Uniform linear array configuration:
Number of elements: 24
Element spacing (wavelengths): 1
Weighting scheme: blackman
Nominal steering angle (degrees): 30
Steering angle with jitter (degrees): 28.331
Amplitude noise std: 0.05
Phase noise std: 0.05

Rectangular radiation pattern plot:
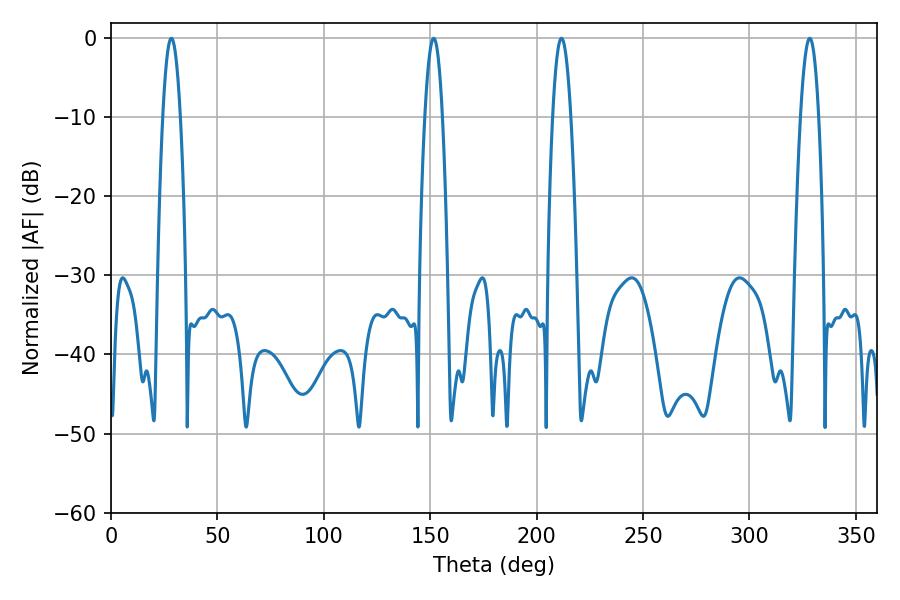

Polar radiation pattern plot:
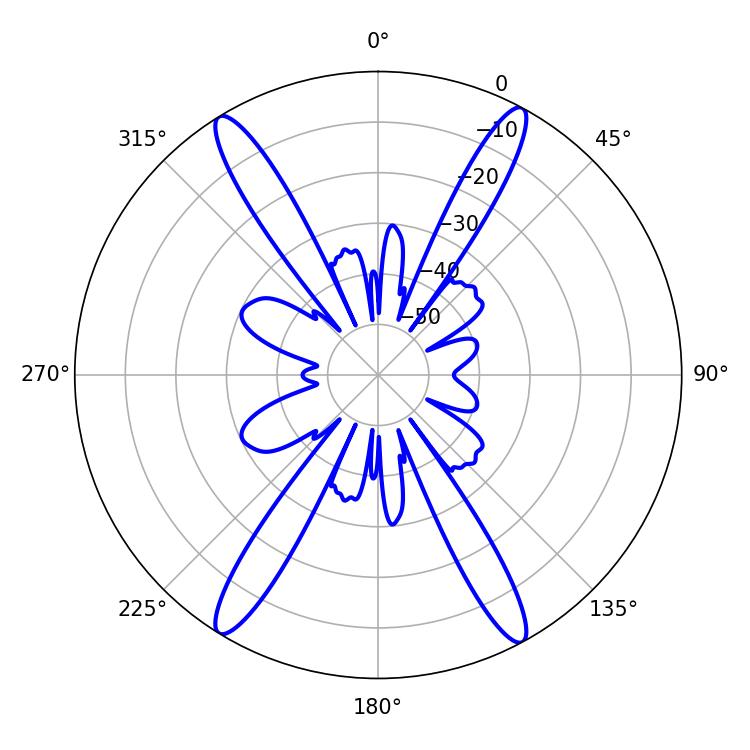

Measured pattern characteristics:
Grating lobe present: TRUE
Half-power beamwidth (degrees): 4.68
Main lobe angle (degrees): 328.32